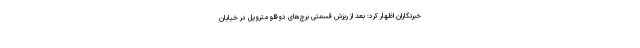
خبرنگاران اظهار کرد: بعد از ریزش قسمتی برج‌های دوقلو متروپل در خیابان